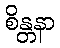
စိန္တနာ